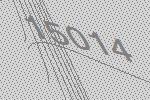
15014